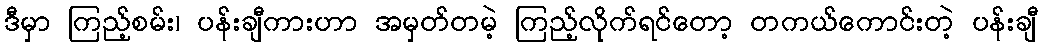
ဒီမှာ ကြည့်စမ်း၊ ပန်းချီကားဟာ အမှတ်တမဲ့ ကြည့်လိုက်ရင်တော့ တကယ်ကောင်းတဲ့ ပန်းချီ